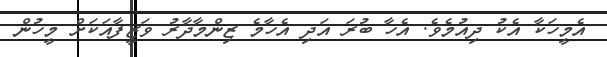
އެމީހަކާ އެކު ދިއުމެވެ. އެހާ ބުރަ އަދި އެހާމެ ޒިންމާދާރު ވަޒީފާއަކަށް މީހުން